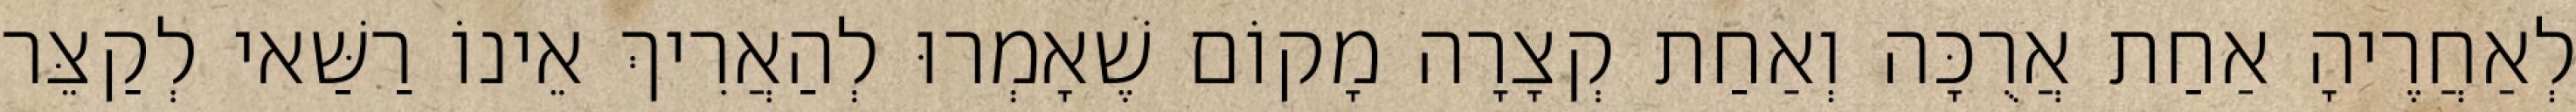
לְאַחֲרֶיהָ אַחַת אֲרֻכָּה וְאַחַת קְצָרָה מָקוֹם שֶׁאָמְרוּ לְהַאֲרִיךְ אֵינוֹ רַשַּׁאי לְקַצֵּר